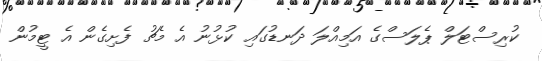
ކުރިސްޓަލް ޕެލަސްގެ އަމިއްލަ ދަނޑުގައި ކުޅުނު އެ މެޗު ފެށިގެން އެ ޓީމުން